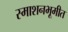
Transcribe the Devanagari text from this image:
स्माशनभूमीत